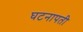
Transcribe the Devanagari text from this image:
घटनापती